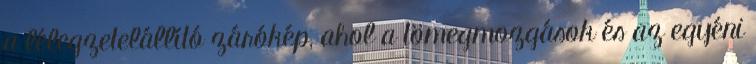
a lélegzetelállító zárókép, ahol a tömegmozgások és az egyéni